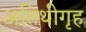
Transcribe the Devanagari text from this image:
अतिथीगृह